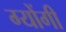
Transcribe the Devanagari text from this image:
ग्योंगी